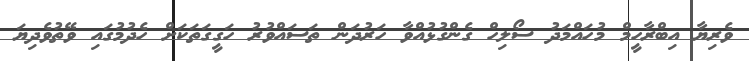
ވެރިޔާ އިބްރާހީމް މުހައްމަދު ސޯލިހް ގެންގުޅުއްވާ ހަރުދަން ތަސައްވުރު ހަގީގަތަކަށް ހެދުމުގައި ވޭތުވެދިޔަ